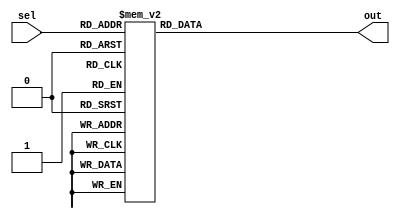
module unique_case_statement (
    input [2:0] sel,
    output reg out
);

always @*
begin
    case (sel)
        3'b000: out = 1'b0;
        3'b001: out = 1'b1;
        3'b010: out = 1'b0;
        3'b011: out = 1'b1;
        3'b100: out = 1'b0;
        3'b101: out = 1'b1;
        3'b110: out = 1'b0;
        3'b111: out = 1'b1;
        default: out = 1'b0;
    endcase
end

endmodule